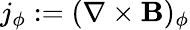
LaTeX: j_{\phi}:=(\nabla\times\mathbf B)_{\phi}